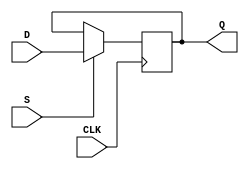
module d_flip_flop (
    input D,
    input CLK,
    input S,
    output reg Q
);

always @(posedge CLK) begin
    if (S) begin
        Q <= D;
    end
end

endmodule